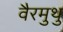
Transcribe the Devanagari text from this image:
वैरमुथु